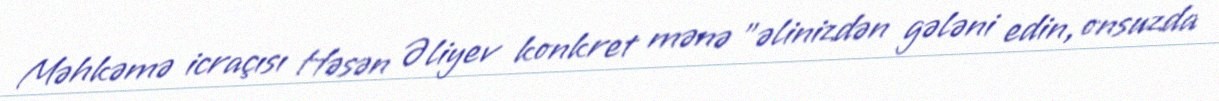
Məhkəmə icraçısı Həsən Əliyev konkret mənə "əlinizdən gələni edin, onsuzda